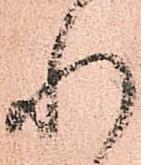
れ